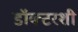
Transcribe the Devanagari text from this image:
डॉक्टरशी